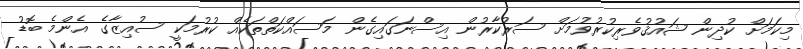
މިކަމަށް ކުދިން ޝައުޤުވެރިކުރުވުމަށް ސަރުކާރުން އިސްނަގައިގެން މަސައްކަތްތަކެއް ކުރުމަކީ ސުއިޒާގެ އެންމެ ބޮޑު